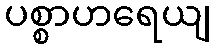
ပစ္စာဟရေယျ